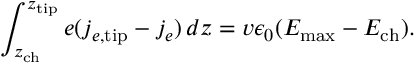
\int _ { z _ { \mathrm { c h } } } ^ { z _ { \mathrm { t i p } } } e ( j _ { e , \mathrm { t i p } } - j _ { e } ) \, d z = v \epsilon _ { 0 } ( E _ { \mathrm { m a x } } - E _ { \mathrm { c h } } ) .